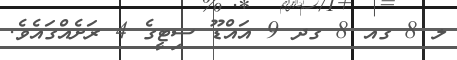
ލ 8 ގއ 8 ގދ 9 އައްޑޫ ސިޓީގެ 4 ރަށެއްގައެވެ.